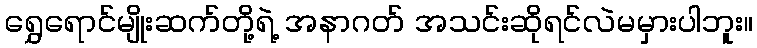
ရွှေရောင်မျိုးဆက်တို့ရဲ့ အနာဂတ် အသင်းဆိုရင်လဲမမှားပါဘူး။